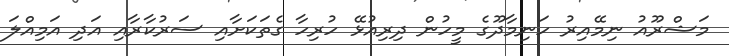
މަޝްރޫއު ނިމޭއިރު ހަނިމާދޫގެ މީހުން ދިރިއުޅޭ ހުރިހާ ގެތަކަށާއި ސަރުކާރާއި އަދި އަމިއްލަ